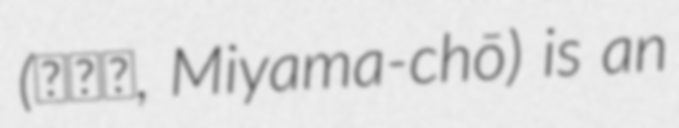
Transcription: (美山町, Miyama-chō) is an